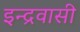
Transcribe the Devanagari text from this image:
इन्द्रवासी